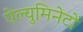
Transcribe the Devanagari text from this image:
ऐल्युमिनेटों